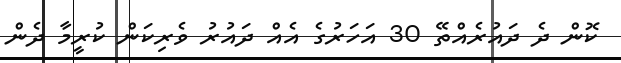
ކޮން ދެ ދައުރެއްތޭ 30 އަހަރުގެ އެއް ދައުރު ވެރިކަން ކުރީމާ ދެން